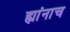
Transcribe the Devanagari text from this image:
ह्यांनाच